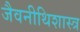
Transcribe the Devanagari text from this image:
जैवनीथिशास्त्र